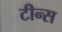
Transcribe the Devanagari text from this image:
टीन्स